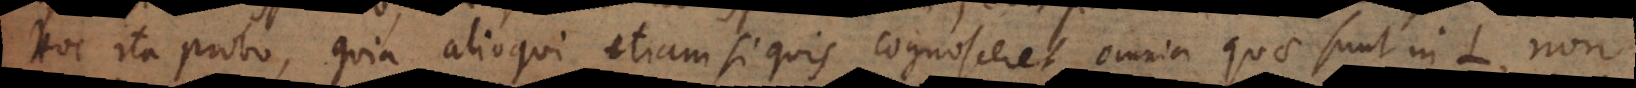
Hoc ita probo, quia alioqui etiam si quis cognosceret omnia quae sunt in L, non